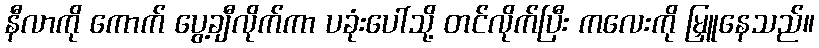
နီလာကို ကောက် ပွေ့ချီလိုက်ကာ ပခုံးပေါ်သို့ တင်လိုက်ပြီး ကလေးကို မြှူနေသည်။